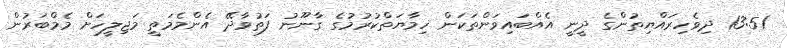
13:51 ދިވެހިރައްޔިތުންގެ ދީނީ އެއްބައިވަންތަކަން ހިމާޔަތްކުރުމުގެ ގާނޫނު ފަތުވާދޭ އެންމެމަތީ މަޖިލީހަށް މެމްބަރުން